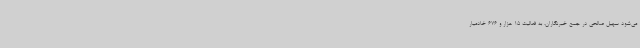
می‌شود سهیل صالحی در جمع خبرنگاران، به فعالیت 15 هزار و 676 خادمیار